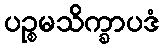
ပဉ္စမသိက္ခာပဒံ